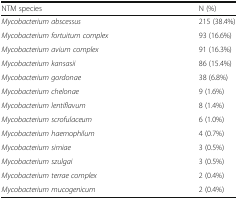
<table><thead><tr><td><b>NTM species</b></td><td><b>N (%)</b></td></tr></thead><tbody><tr><td><i>Mycobacterium abscessus</i></td><td>215 (38.4%)</td></tr><tr><td><i>Mycobacterium fortuitum complex</i></td><td>93 (16.6%)</td></tr><tr><td><i>Mycobacterium avium complex</i></td><td>91 (16.3%)</td></tr><tr><td><i>Mycobacterium kansasii</i></td><td>86 (15.4%)</td></tr><tr><td><i>Mycobacterium gordonae</i></td><td>38 (6.8%)</td></tr><tr><td><i>Mycobacterium chelonae</i></td><td>9 (1.6%)</td></tr><tr><td><i>Mycobacterium lentiflavum</i></td><td>8 (1.4%)</td></tr><tr><td><i>Mycobacterium scrofulaceum</i></td><td>6 (1.0%)</td></tr><tr><td><i>Mycobacterium haemophilum</i></td><td>4 (0.7%)</td></tr><tr><td><i>Mycobacterium simiae</i></td><td>3 (0.5%)</td></tr><tr><td><i>Mycobacterium szulgai</i></td><td>3 (0.5%)</td></tr><tr><td><i>Mycobacterium terrae complex</i></td><td>2 (0.4%)</td></tr><tr><td><i>Mycobacterium mucogenicum</i></td><td>2 (0.4%)</td></tr></tbody></table>